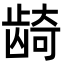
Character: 𬺈